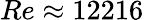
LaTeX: Re\approx 12216